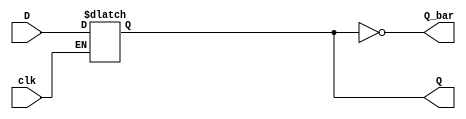
/////////////////////////////////////////
//////D-LATCH ///////////////////////
module D_latch(clk, D, Q, Q_bar); 
input clk, D;
output Q, Q_bar;
reg Q;
wire Q_bar;

always @(clk, D)
	begin
		if (clk==1'b1)
				Q=D;			
			
	end
	
assign Q_bar = ~Q;	

endmodule
/////////////////////////////////////////////////////////////////



/////////////////////////////////////////
//////D-FF ///////////////////////
module D_FF(clk, D, Q, Q_bar);
input clk, D;
output Q, Q_bar;
reg Q;
wire Q_bar;
always @(posedge clk)
	begin
			Q<=D;
	end
	
assign Q_bar = ~Q;
endmodule
/////////////////////////////////////////////////////////////////////





        
/////DONOT USE THIS METHOD FOR CODING D-FF/////////////////////
////Because the always block is not trigerred on edge//////////
module D_FF_usingif(clk, D, Q, Q_bar); 
input clk, D;
output Q, Q_bar;
reg Q;
wire Q_bar;

always @(clk)
	begin
		if (clk==1'b1)
				Q=D;			
			
	end
	
assign Q_bar = ~Q;	

endmodule
/////////////////////////////////////////////////////////////////




/////////////////////////////////////////
//////D-LATCH made from master-slave D-Latches///////////////////////
module D_FF_from_latch(clk, D, Q, Q_bar);
input clk, D;
output Q, Q_bar;
wire Q, Q_bar;
wire Q_inter, Q_bar_inter;
wire clk_bar;

D_latch master(clk_bar, D, Q_inter, Q_bar_inter);
D_latch slave(clk, Q_inter, Q, Q_bar);

assign clk_bar = ~clk;

endmodule